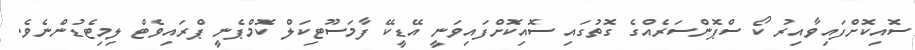
ސޮއިކޮށްފައިވާއިރު ކޯ ސްޕޮންސަރެއްގެ ގޮތުގައި ސޮއިކޮށްފައިވަނީ އޭޑީކޭ ފާމަސޫޓިކަލް ކޮމްޕެނީ ޕްރައިވެޓް ލިމިޓެޑުންނެވެ.